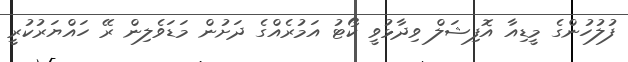
ފުލުހުންގެ މީޑިއާ އޮފިޝަލް ވިދާޅުވީ ކޯޓު އަމުރެއްގެ ދަށުން މަޑަވެލިން ރޭ ހައްޔަރުކުރީ